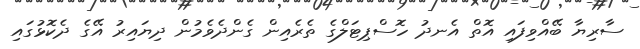
ސާރިޔާ ބޭއްވިފައި އޮތް އެނދު ހޮސްޕިޓަލްގެ ތެރެއިން ގެންދެވެމުން ދިޔައިރު އޭގެ ދެކޮޅުގައި